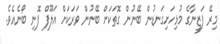
މިރޭ ފަޒީނާގެ މުޅިހަށިގަނޑުން ބޭނުން ގޮތަކަށް ބޭނުން ވަރަކަށް އަލޫފް ފޮނި ބޯނެއެވެ.